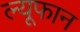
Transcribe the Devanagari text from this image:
ल्यूफान